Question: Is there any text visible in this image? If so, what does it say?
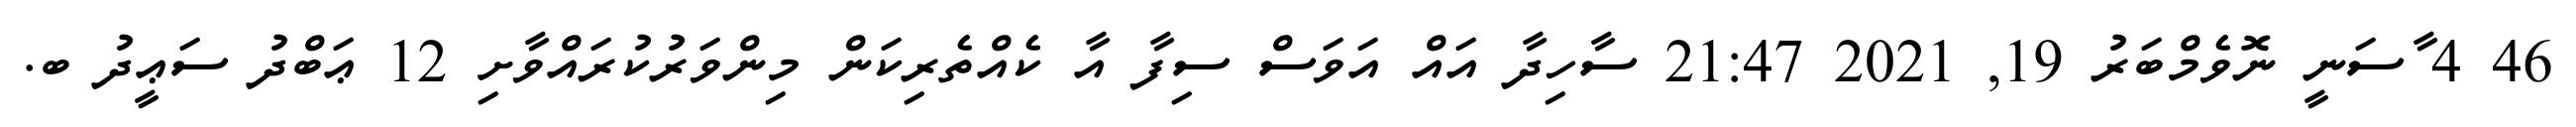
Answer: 46 4 ާސަނީ ނޮވެމްބަރު 19, 2021 21:47 ސާހިދާ އައް އަވަސް ސިފާ އާ ކެއްތެރިކަން މިންވަރުކުރައްވާށި 12 ޢަބްދު ސަޢީދު ބ.